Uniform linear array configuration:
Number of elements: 4
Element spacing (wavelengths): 0.25
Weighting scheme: binomial
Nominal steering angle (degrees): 60
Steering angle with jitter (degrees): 60.468
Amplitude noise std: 0.05
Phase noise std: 0.05

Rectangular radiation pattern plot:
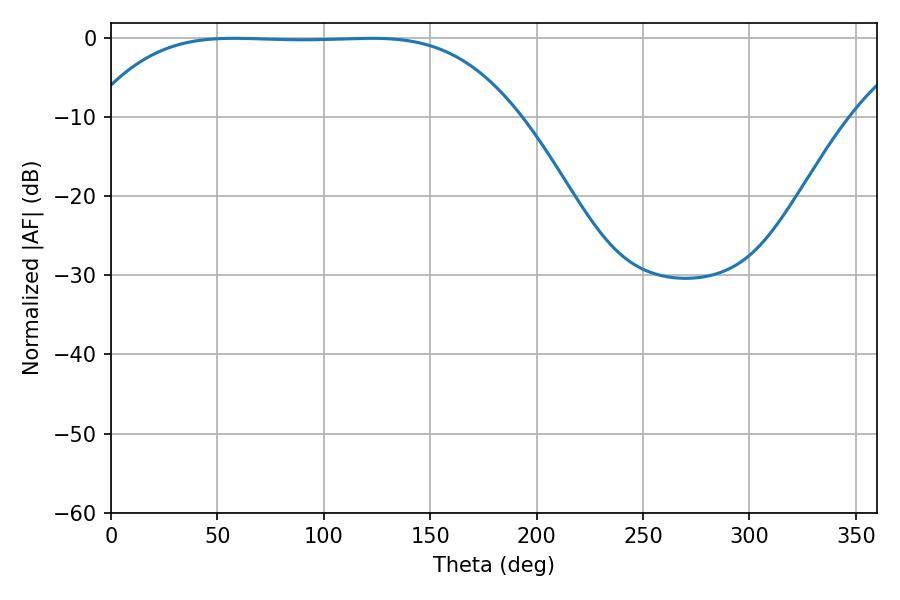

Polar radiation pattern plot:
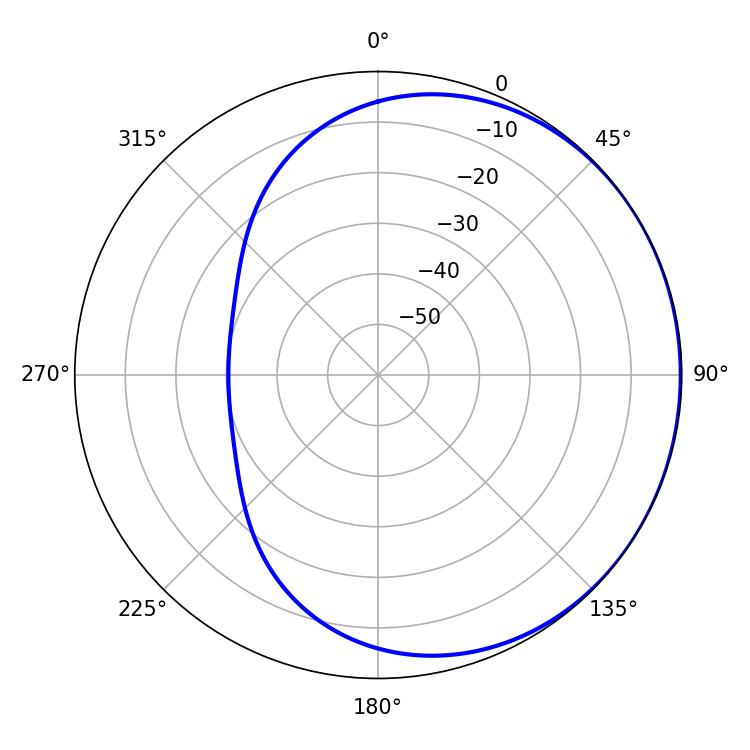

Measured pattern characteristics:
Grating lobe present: FALSE
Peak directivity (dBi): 0.4199
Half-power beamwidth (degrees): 152.64
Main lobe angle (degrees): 57.78